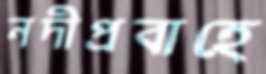
নদীপ্রবাহে